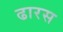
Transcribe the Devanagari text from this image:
ढारस